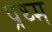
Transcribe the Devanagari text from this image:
प्रथ्म